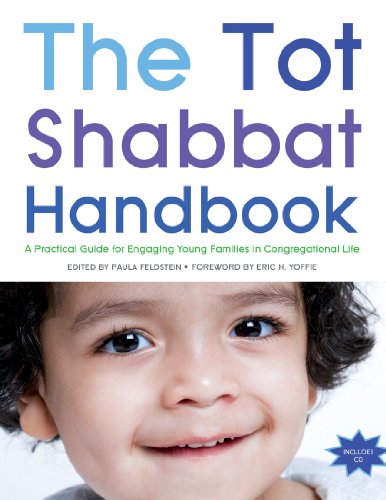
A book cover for The Tot Shabbat Handbook (with CD); Paula Feldstein; Christian Books & Bibles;